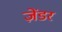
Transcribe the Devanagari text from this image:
ज़ेंडर